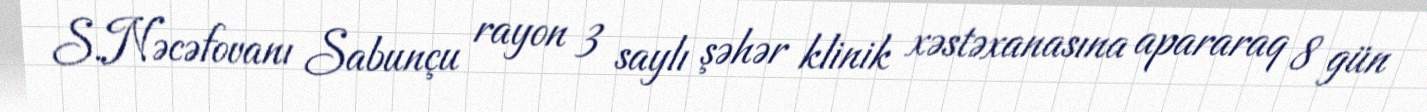
S.Nəcəfovanı Sabunçu rayon 3 saylı şəhər klinik xəstəxanasına apararaq 8 gün